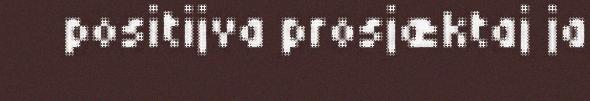
positijva prosjæktaj ja